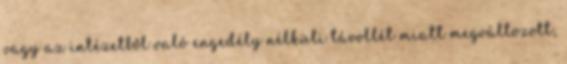
vagy az intézetből való engedély nélküli távollét miatt megváltozott,